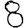
Digit: 8